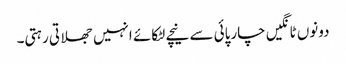
دونوں ٹانگیں چارپائی سے نیچے لٹکائے انہیں جھلاتی رہتی۔